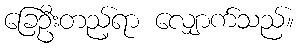
ခြေဦးတည့်ရာ လျှောက်သည်။